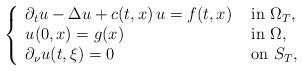
LaTeX: \begin{align*} \left\{ \begin{array}{ll} \partial_t u - \Delta u + c(t,x) \, u = f(t,x) & \mbox{ in } \Omega_T, \\ u(0,x) = g(x) & \mbox{ in } \Omega,\\ \partial_\nu u(t,\xi) = 0 & \mbox{ on } S_T, \end{array} \right.\end{align*}